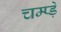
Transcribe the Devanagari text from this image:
चम्प्ड़े